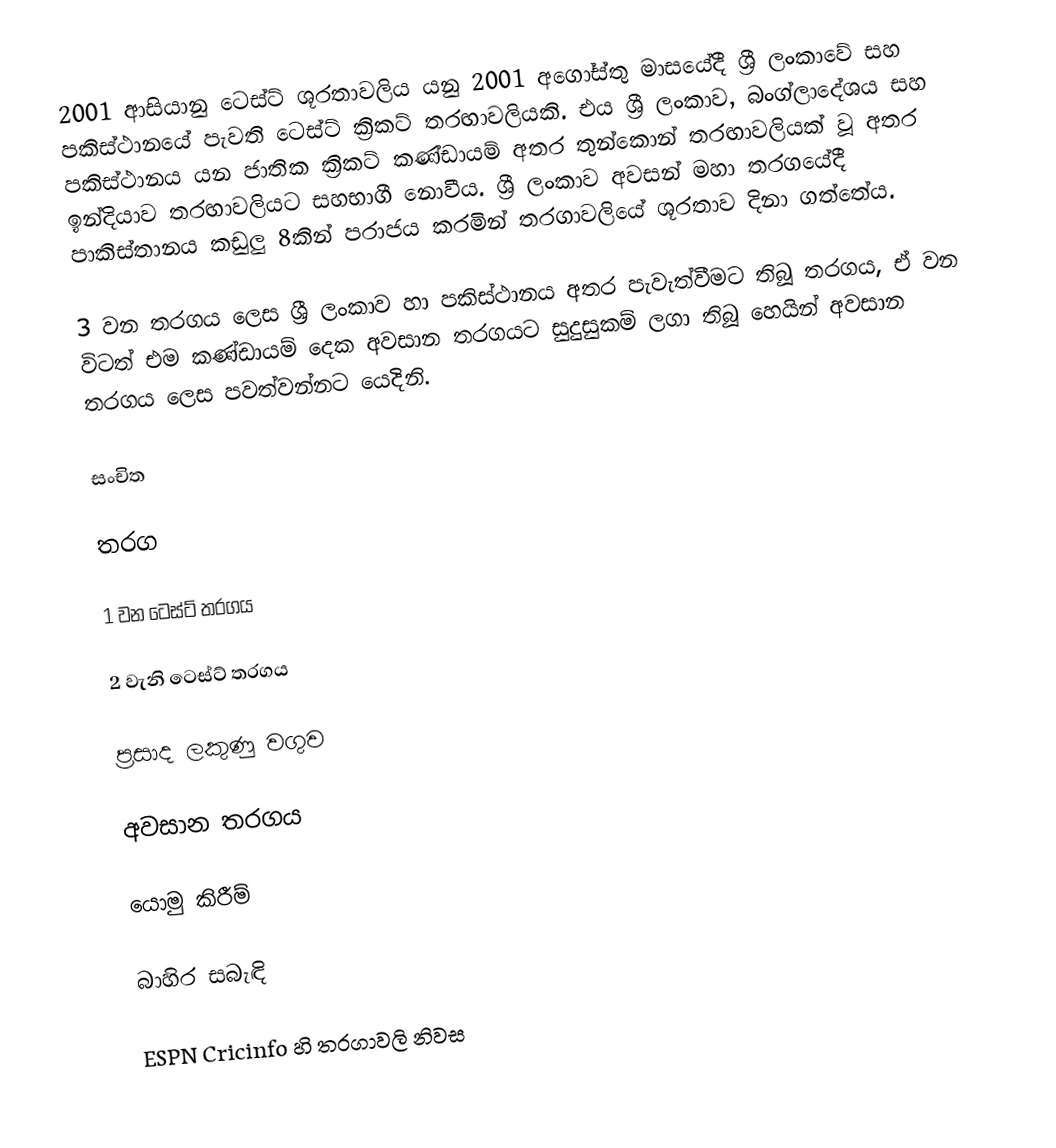
2001 ආසියානු ටෙස්ට් ශූරතාවලිය යනු 2001 අගෝස්තු මාසයේදී ශ්‍රී ලංකාවේ සහ පකිස්ථානයේ පැවති ටෙස්ට් ක්‍රිකට් තරඟාවලියකි. එය ශ්‍රී ලංකාව, බංග්ලාදේශය සහ පකිස්ථානය යන ජාතික ක්‍රිකට් කණ්ඩායම් අතර තුන්කොන් තරඟාවලියක් වූ අතර ඉන්දියාව තරඟාවලියට සහභාගී නොවීය. ශ්‍රී ලංකාව අවසන් මහා තරගයේදී පාකිස්තානය කඩුලු 8කින් පරාජය කරමින් තරගාවලියේ ශූරතාව දිනා ගත්තේය.

3 වන තරගය ලෙස ශ්‍රී ලංකාව හා පකිස්ථානය අතර පැවැත්වීමට තිබූ තරගය, ඒ වන විටත් එම කණ්ඩායම් දෙක අවසාන තරගයට සුදුසුකම් ලගා තිබූ හෙයින් අවසාන තරගය ලෙස පවත්වන්නට යෙදිනි.

සංචිත

තරග

1 වන ටෙස්ට් තරගය

2 වැනි ටෙස්ට් තරගය

ප්‍රසාද ලකුණු වගුව

අවසාන තරගය

යොමු කිරීම්

බාහිර සබැඳි

 ESPN Cricinfo හි තරගාවලි නිවස